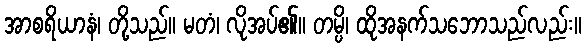
အာစရိယာနံ၊ တို့သည်။ မတံ၊ လိုအပ်၏။ တမ္ပိ၊ ထိုအနက်သဘောသည်လည်း။